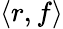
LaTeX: \langle r,f\rangle